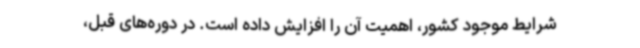
شرایط موجود کشور، اهمیت آن را افزایش داده ‌است. در دوره‌های قبل،